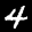
Label: 4